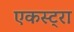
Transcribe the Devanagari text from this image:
एकस्ट्रा